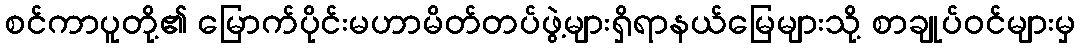
စင်ကာပူတို့၏ မြောက်ပိုင်းမဟာမိတ်တပ်ဖွဲ့များရှိရာနယ်မြေများသို့ စာချုပ်ဝင်များမှ